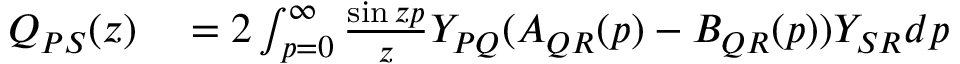
\begin{array} { r l } { Q _ { P S } ( z ) } & { { } = 2 \int _ { p = 0 } ^ { \infty } \frac { \sin { z p } } { z } Y _ { P Q } ( A _ { Q R } ( p ) - B _ { Q R } ( p ) ) Y _ { S R } d p } \end{array}